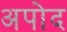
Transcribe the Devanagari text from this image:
अपोद